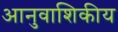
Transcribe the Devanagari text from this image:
आनुवाशिकीय